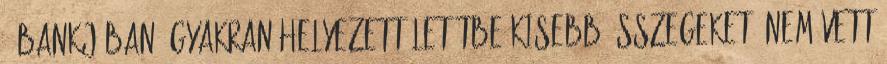
ő bankjában. Gyakran helyezett letétbe kisebb összegeket. Nem vett